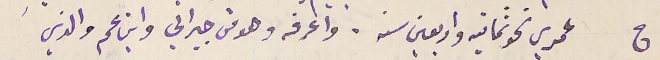
ج عمري نحو ثمانية واربعين سنه. واعرفه وهو من جيراني وابن عم والدي